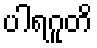
ပါရဂူတိ